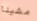
مشينا